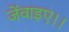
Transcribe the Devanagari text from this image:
जेंवाइए।।